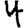
Digit: 4